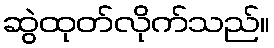
ဆွဲထုတ်လိုက်သည်။